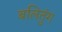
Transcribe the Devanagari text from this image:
बलितुंग